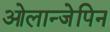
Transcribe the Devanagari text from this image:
ओलान्जेपिन